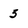
Character: 5